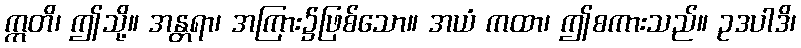
ဣတိ၊ ဤသို့။ အန္တရာ၊ အကြား၌ဖြစ်သော။ အယံ ကထာ၊ ဤစကားသည်။ ဥဒပါဒိ၊